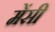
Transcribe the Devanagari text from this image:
मेंसी